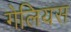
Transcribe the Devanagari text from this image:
गेलियस